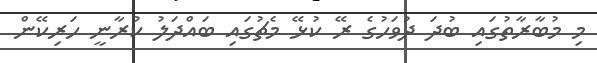
މި މުބާރާތުގައި ބުދަ ދުވަހުގެ ރޭ ކުޅޭ މެޗުގައި ބައްދަލު ކުރާނީ ހަރިކޭން